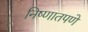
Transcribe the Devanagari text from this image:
निष्णातपणे